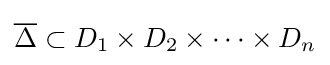
{\overline {\Delta }}\subset {D_{1}\times D_{2}\times \cdots \times D_{n}}